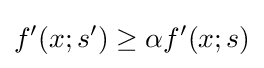
f'(x;s')\geq \alpha f'(x;s)